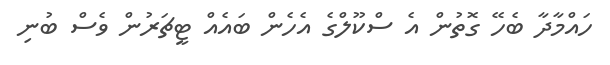
ހައްމާދާ ބެހޭ ގޮތުން އެ ސްކޫލްގެ އެހެން ބައެއް ޓީޗަރުން ވެސް ބުނި